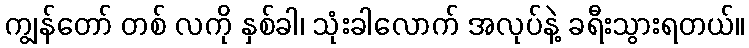
ကျွန်တော် တစ် လကို နှစ်ခါ၊ သုံးခါလောက် အလုပ်နဲ့ ခရီးသွားရတယ်။